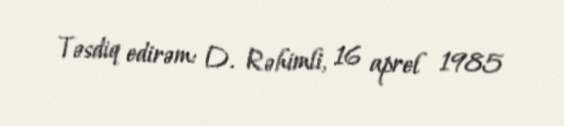
Təsdiq edirəm: D. Rəhimli, 16 aprel 1985